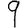
Digit: 9